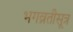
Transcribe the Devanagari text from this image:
भगव्रतीसूत्र